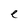
Character: e